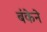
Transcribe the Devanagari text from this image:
बंकेने